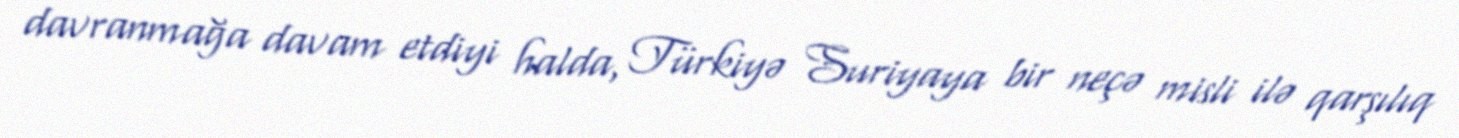
davranmağa davam etdiyi halda, Türkiyə Suriyaya bir neçə misli ilə qarşılıq